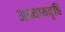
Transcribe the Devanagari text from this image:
अन्यायवृत्ति